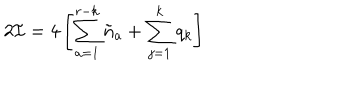
LaTeX: 2 { \cal I } = 4 \left[ \sum _ { a = 1 } ^ { r - k } \tilde { n } _ { a } + \sum _ { j = 1 } ^ { k } q _ { k } \right]